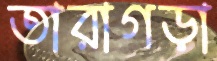
তারাগড়া